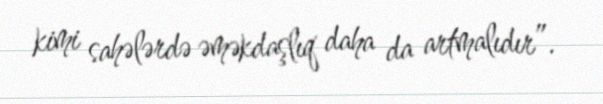
kimi sahələrdə əməkdaşlıq daha da artmalıdır”.